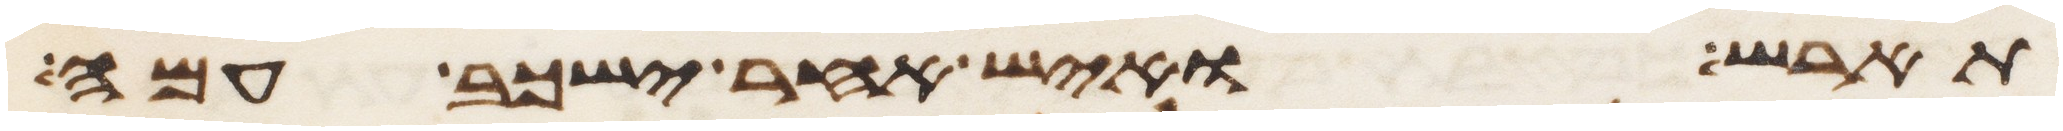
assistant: תארש ואיש אחר ישכב עמה